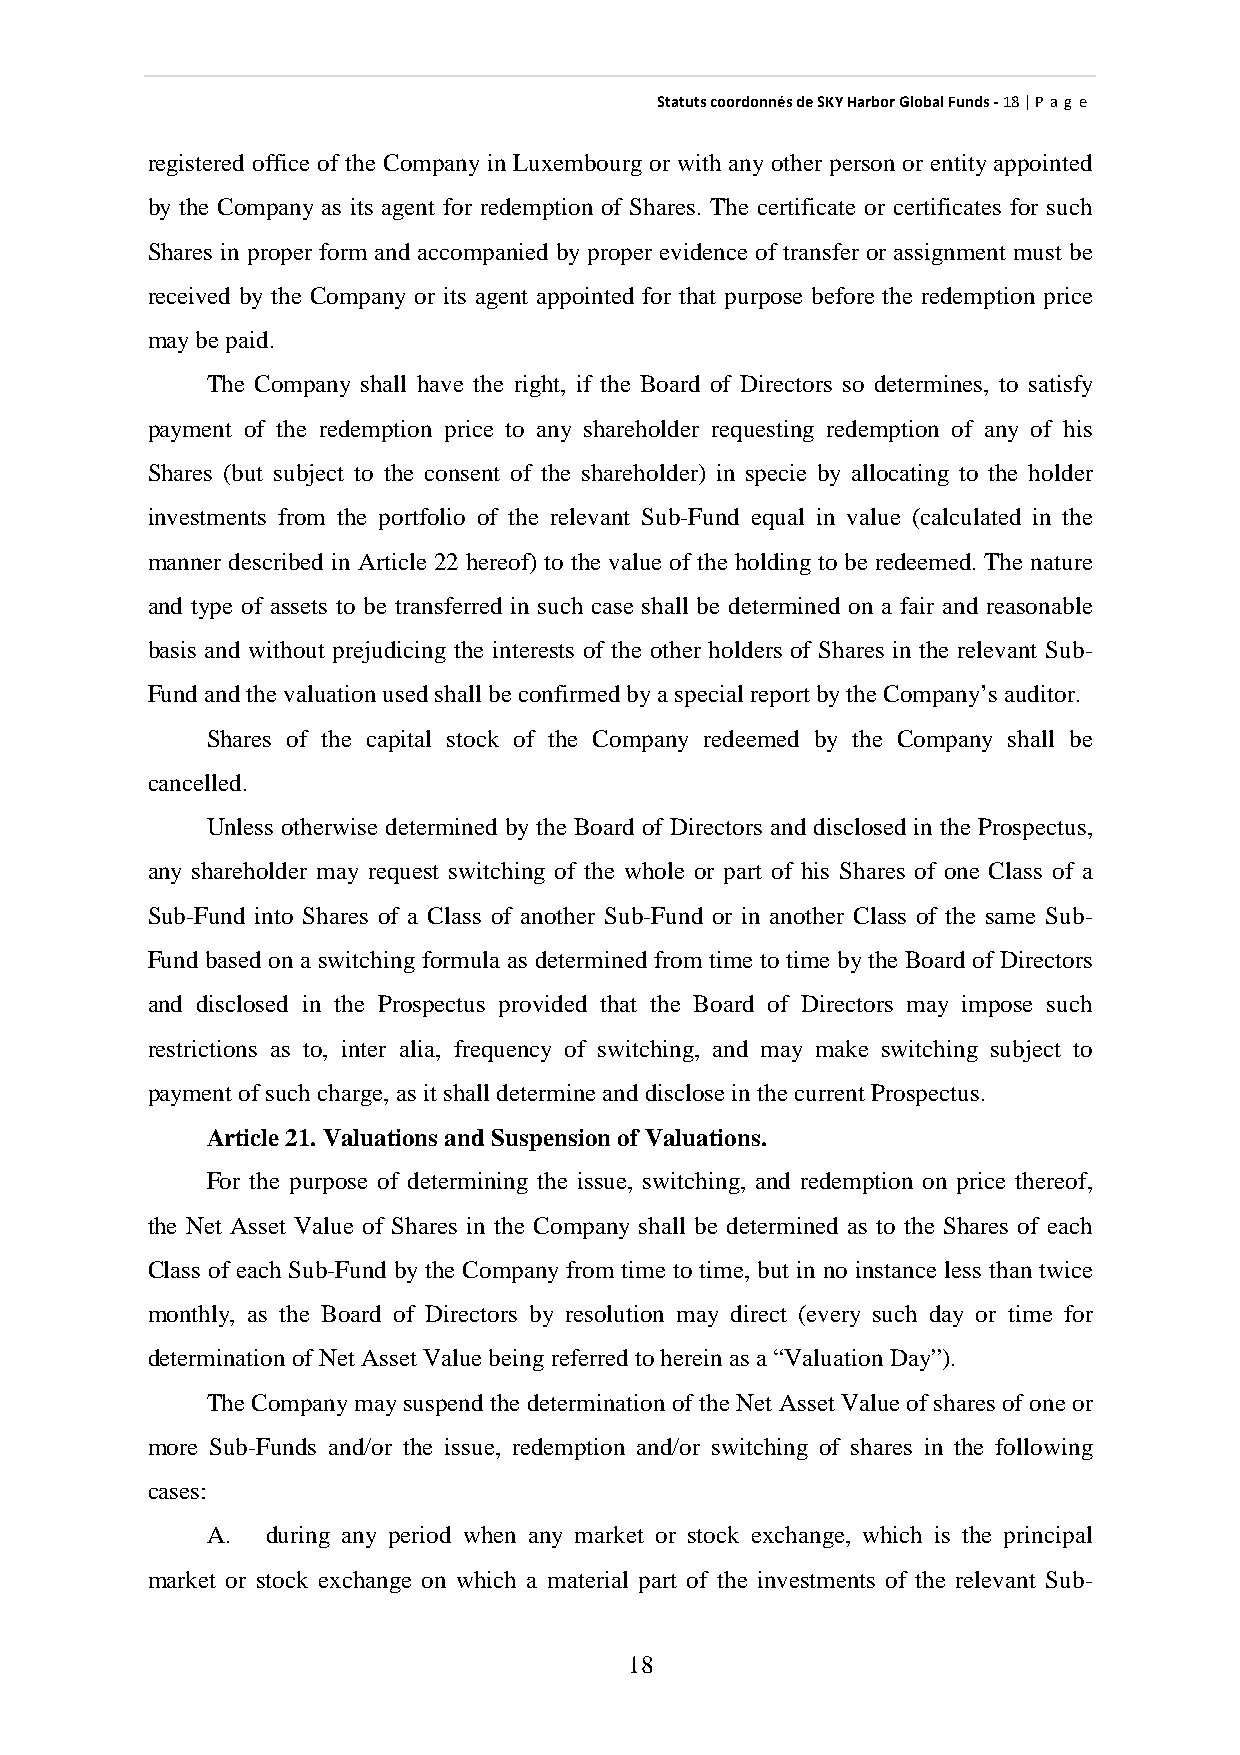
StatutscoordonnésdeSKYHarborGlobalFunds-18|P ag e
 registered office of the Company in Luxembourg or with anyother person or entityappointed
 by the Company as its agent for redemption of Shares. The certificate or certificates for such
 Shares in proper form and accompanied byproper evidence of transfer or assignment must be
 received by the Company or its agent appointed for that purpose before the redemption price
 maybepaid.
 The Company shall have the right, if the Board of Directors so determines, to satisfy
 payment of the redemption price to any shareholder requesting redemption of any of his
 Shares (but subject to the consent of the shareholder) in specie by allocating to the holder
 investments from the portfolio of the relevant Sub-Fund equal in value (calculated in the
 manner described in Article 22 hereof) to the value of the holding to be redeemed. The nature
 and type of assets to be transferred in such case shall be determined on a fair and reasonable
 basis and without prejudicing the interests of the other holders of Shares in the relevant Sub-
 Fundandthevaluationusedshall beconfirmedbyaspecial report bytheCompany’s auditor.
 Shares of the capital stock of the Company redeemed by the Company shall be
 cancelled.
 Unless otherwise determined by the Board of Directors and disclosed in the Prospectus,
 any shareholder may request switching of the whole or part of his Shares of one Class of a
 Sub-Fund into Shares of a Class of another Sub-Fund or in another Class of the same Sub-
 Fund based on a switching formula as determined from time to time bythe Board of Directors
 and disclosed in the Prospectus provided that the Board of Directors may impose such
 restrictions as to, inter alia, frequency of switching, and may make switching subject to
 payment ofsuchcharge,as it shall determineanddiscloseinthecurrent Prospectus.
 Article21.Valuations and Suspension of Valuations.
 For the purpose of determining the issue, switching, and redemption on price thereof,
 the Net Asset Value of Shares in the Company shall be determined as to the Shares of each
 Class of each Sub-Fund bythe Companyfrom time to time, but in no instance less than twice
 monthly, as the Board of Directors by resolution may direct (every such day or time for
 determinationofNet Asset Valuebeingreferredtohereinas a“ValuationDay”).
 The Companymaysuspend the determination of the Net Asset Valueofshares ofoneor
 more Sub-Funds and/or the issue, redemption and/or switching of shares in the following
 cases:
 A.  during any period when any market or stock exchange, which is the principal
 market or stock exchange on which a material part of the investments of the relevant Sub-
 18